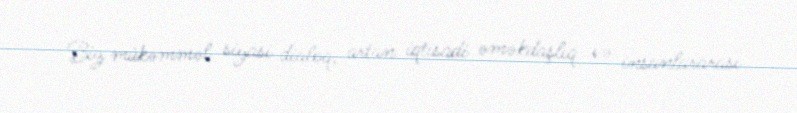
Biz mükəmməl siyasi dialoq, artan iqtisadi əməkdaşlıq və insanlararası